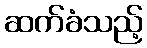
ဆက်ခံသည့်